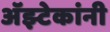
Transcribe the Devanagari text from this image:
अॅझ्टेकांनी